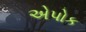
એપોક